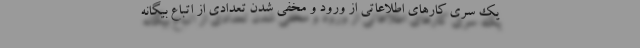
یک سری کارهای اطلاعاتی از ورود و مخفی شدن تعدادی از اتباع بیگانه